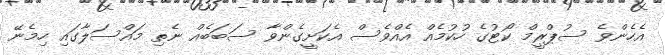
އެހެންވެ ސުޕްރީމް ކޯޓުގެ ހުކުމެއް އެއްވެސް އެކަށީގެންވާ ސަބަބެއް ނެތި މައްސަލާގައި ހިމެނޭ